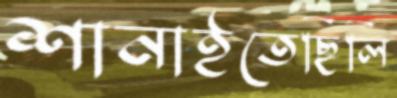
শানাইতেছিলি